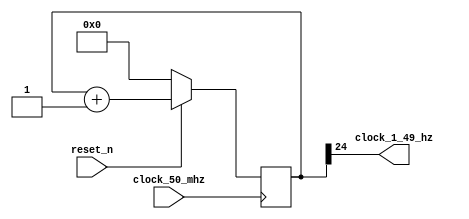
module clock_divider_50_mhz_to_1_49_hz
(
    input  clock_50_mhz,
    input  reset_n,
    output clock_1_49_hz
);

    // 50 mhz / 2 ** 25 = 1.49 hz

    reg [24:0] counter;

    always @ (posedge clock_50_mhz)
    begin
        if (! reset_n)
            counter <= 0;
        else
            counter <= counter + 1;
    end

    assign clock_1_49_hz = counter [24];

endmodule

//--------------------------------------------------------------------

module shift_register_with_enable
(
    input            clock,
    input            reset_n,
    input            in,
    input            enable,
    output           out,
    output reg [9:0] data
);

    always @ (posedge clock or negedge reset_n)
    begin
        if (! reset_n)
            data <= 10'b10_0000_0000;
        else if (enable)
            data <= { in, data [9:1] };
    end
    
    assign out = data [0];

endmodule

//--------------------------------------------------------------------

module single_digit_display
(
    input      [3:0] digit,
    output reg [7:0] seven_segments
);

    always @*
        case (digit)
        'h0: seven_segments = 'b01000000;  // . a b c d e f g
        'h1: seven_segments = 'b01111001;
        'h2: seven_segments = 'b00100100;  //   --a--
        'h3: seven_segments = 'b00110000;  //  |     |
        'h4: seven_segments = 'b00011001;  //  f     b
        'h5: seven_segments = 'b00010010;  //  |     |
        'h6: seven_segments = 'b00000010;  //   --g--
        'h7: seven_segments = 'b01111000;  //  |     |
        'h8: seven_segments = 'b00000000;  //  e     c
        'h9: seven_segments = 'b00011000;  //  |     |
        'ha: seven_segments = 'b00001000;  //   --d-- 
        'hb: seven_segments = 'b00000011;
        'hc: seven_segments = 'b01000110;
        'hd: seven_segments = 'b00100001;
        'he: seven_segments = 'b00000110;
        'hf: seven_segments = 'b00001110;
        endcase

endmodule

//--------------------------------------------------------------------

// smiling snail fsm derived from david harris & sarah harris

module pattern_fsm_moore
(
    input  clock,
    input  reset_n,
    input  a,
    output y
);

    parameter [1:0] s0 = 0, s1 = 1, s2 = 2;

    reg [1:0] state, next_state;

    // state register

    always @ (posedge clock or negedge reset_n)
        if (! reset_n)
            state <= s0;
        else
            state <= next_state;

    // next state logic

    always @*
        case (state)

        s0:
            if (a)
                next_state = s0;
            else
                next_state = s1;

        s1:
            if (a)
                next_state = s2;
            else
                next_state = s1;

        s2:
            if (a)
                next_state = s0;
            else
                next_state = s1;

        default:

            next_state = s0;

        endcase

    // output logic

    assign y = (state == s2);

endmodule


//--------------------------------------------------------------------

module top
(
    input        clock,
    input  [1:0] key,
    input  [9:0] sw,
    output [9:0] led,
    output [7:0] hex0,
    output [7:0] hex1,
    output [7:0] hex2,
    output [7:0] hex3,
    output [7:0] hex4,
    output [7:0] hex5
);

    wire reset_n = ~ sw [9];

    wire slow_clock, shift_out, fsm_out;

    clock_divider_50_mhz_to_1_49_hz clock_divider_50_mhz_to_1_49_hz
    (
        .clock_50_mhz  ( clock      ),
        .reset_n       ( reset_n    ),
        .clock_1_49_hz ( slow_clock )
    );

    shift_register_with_enable shift_register_with_enable
    (
        .clock   (   slow_clock ),
        .reset_n (   reset_n    ),
        .in      ( ~ key [1]    ),
        .enable  (   key [0]    ),
        .out     (   shift_out  ),
        .data    (   led        )
    );           

    single_digit_display digit_0
    (
        .digit          ( led [3:0] ),
        .seven_segments ( hex0 )
    );

    single_digit_display digit_1
    (
        .digit          ( led [7:4] ),
        .seven_segments ( hex1 )
    );

    single_digit_display digit_2
    (
        .digit          ( { 2'b0 , led [9:8] } ),
        .seven_segments ( hex2 )
    );

    pattern_fsm_moore pattern_fsm_moore
    (
        .clock   ( slow_clock ),
        .reset_n ( reset_n    ),
        .a       ( shift_out  ),
        .y       ( fsm_out    )
    );

    assign hex3 = 8'hff;
    assign hex4 = 8'hff;
    assign hex5 = fsm_out ? 8'h40 : 8'hff;

endmodule